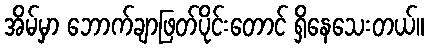
အိမ်မှာ ဘောက်ချာဖြတ်ပိုင်းတောင် ရှိနေသေးတယ်။